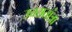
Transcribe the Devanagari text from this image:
उत्तरातांत्रा